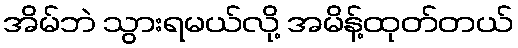
အိမ်ဘဲ သွားရမယ်လို့ အမိန့်ထုတ်တယ်